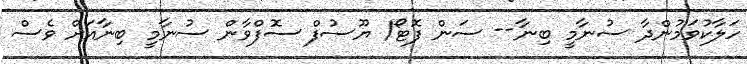
ހަލާކުވަމުންދާ ސުނާމީ ބިނާ-- ސަން ފޮޓޯ/ ޔޫސުފް ސޮފްވާން ސުނާމީ ބިނާއަށް ވެސް